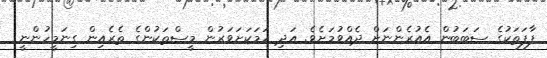
ފާފަތަކުގެ ސަބަބުން އެއުރެންނަށް ދެއްވުމަށެވެ. އަދި ހަމަކަށަވަރުން މީސްތަކުންގެ ތެރެއިން ގިިނަމީހުންނީ